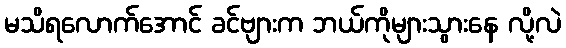
မသိရလောက်အောင် ခင်ဗျားက ဘယ်ကိုများသွားနေ လို့လဲ